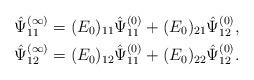
LaTeX: \begin{align*}\hat{\Psi}_{11}^{(\infty)}=(E_0)_{11}\hat{\Psi}_{11}^{(0)}+(E_0)_{21}\hat{\Psi}_{12}^{(0)},\\\hat{\Psi}_{12}^{(\infty)}=(E_0)_{12}\hat{\Psi}_{11}^{(0)}+(E_0)_{22}\hat{\Psi}_{12}^{(0)}.\end{align*}